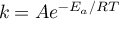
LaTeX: k = A e ^ { - E _ { a } / R T }